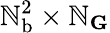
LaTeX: \mathbb{N}_{\mathrm{{b}}}^{2}\times\mathbb{N}_{\mathbf{G}}